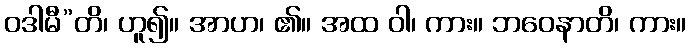
ဝဒါမီ”တိ၊ ဟူ၍။ အာဟ၊ ၏။ အထ ဝါ၊ ကား။ ဘဝေနာတိ၊ ကား။